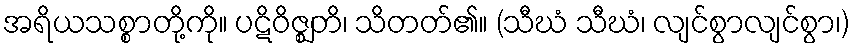
အရိယသစ္စာတို့ကို။ ပဋိဝိဇ္ဈတိ၊ သိတတ်၏။ (သီဃံ သီဃံ၊ လျင်စွာလျင်စွာ၊)